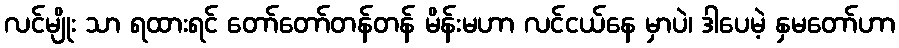
လင်မျိုး သာ ရထားရင် တော်တော်တန်တန် မိန်းမဟာ လင်ငယ်နေ မှာပဲ၊ ဒါပေမဲ့ နှမတော်ဟာ